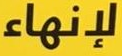
لإنهاء